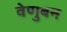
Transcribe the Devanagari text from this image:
वेणुबन